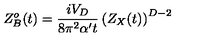
Z _ { B } ^ { o } ( t ) = { \frac { i V _ { D } } { 8 \pi ^ { 2 } \alpha ^ { \prime } t } } \left( Z _ { X } ( t ) \right) ^ { D - 2 }